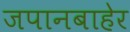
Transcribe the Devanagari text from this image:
जपानबाहेर